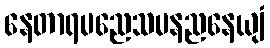
နေတာရမညေသမနညနေယျံ